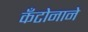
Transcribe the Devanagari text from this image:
कँटोनाने